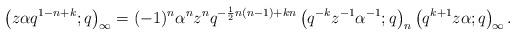
LaTeX: \begin{align*} \left(z\alpha q^{1-n+k};q\right)_{\infty}=(-1)^{n}\alpha^{n}z^{n}q^{-\frac{1}{2}n(n-1)+kn}\left(q^{-k}z^{-1}\alpha^{-1};q\right)_{n}\left(q^{k+1}z\alpha;q\right)_{\!\infty}. \end{align*}